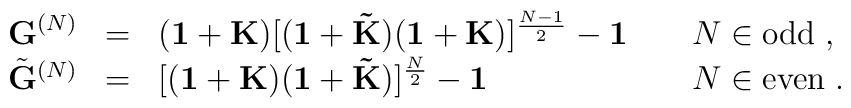
\begin{array}{llll}{\bf G}^{(N)}&=&({\bf 1}+{\bf K})[({\bf 1}+{\bf \tilde{K}})({\bf 1}+{\bf K})]^{\frac{N-1}{2}}-{\bf 1}\;\;\;&\;N\in\mbox{odd}\;,\\            \tilde{{\bf G}}^{(N)}&=&[({\bf 1}+{\bf K})({\bf 1}+{\bf \tilde{K}})]^{\frac{N}{2}}-{\bf 1}\;\;\;&\;N\in\mbox{even}\;.            \end{array}